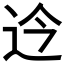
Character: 𫐡